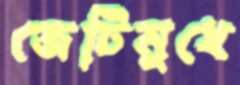
জেটিমুখে